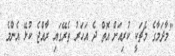
"މާދަމާގެ މެޗަކީ ކުރިއަށް އޮތް ދެ އަހަރު ތެރޭގައި ރާއްޖެ ކުޅޭ އެންމެ